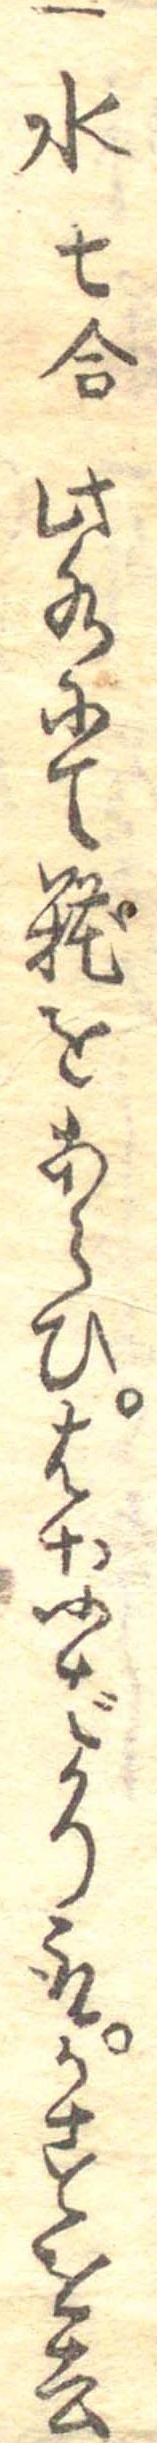
一水七合此水にて糀をあらひはなばかり取かすを去